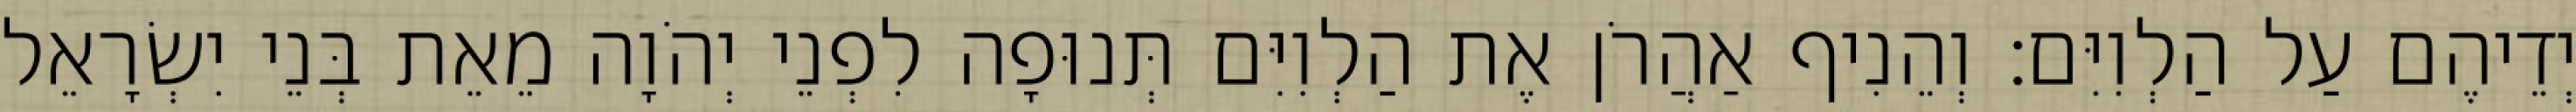
יְדֵיהֶם עַל הַלְוִיִּם׃ וְהֵנִיף אַהֲרֹן אֶת הַלְוִיִּם תְּנוּפָה לִפְנֵי יְהֹוָה מֵאֵת בְּנֵי יִשְׂרָאֵל